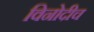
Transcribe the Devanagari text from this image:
विनोदीच